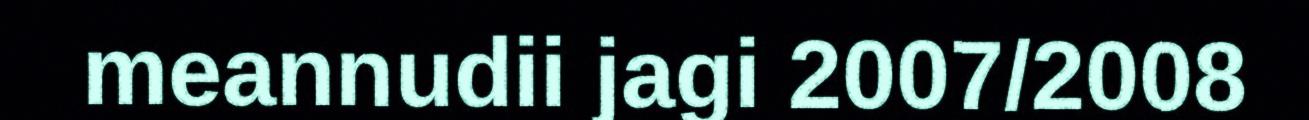
meannudii jagi 2007/2008